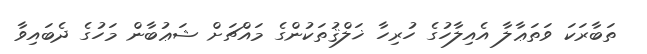
ތަބާރަކަ ވަތަޢާލާ އެއިލާހުގެ ހުރިހާ ޚަލްޤުތަކުންގެ މައްޗަށް ޝަޢުބާން މަހުގެ ދެބައިވާ